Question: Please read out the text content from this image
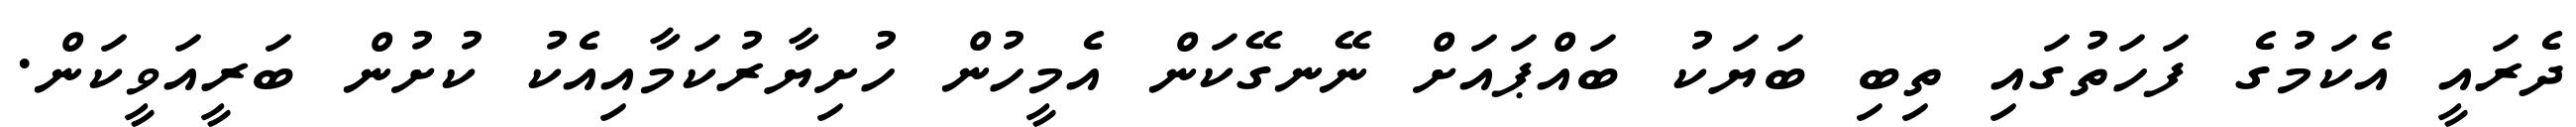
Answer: ދެރައީ އެކަމުގެ ފަހަތުގައި ތިބި ބަޔަކު ބައްޕައަށް ނޭނގޭކަން އެމީހުން ހުށިޔާރުކަމާއިއެކު ކުށުން ބަރީއަވީކަން.